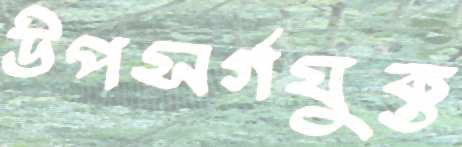
উপসর্গযুক্ত